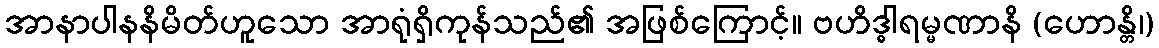
အာနာပါနနိမိတ်ဟူသော အာရုံရှိကုန်သည်၏ အဖြစ်ကြောင့်။ ဗဟိဒ္ဓါရမ္မဏာနိ (ဟောန္တိ၊)